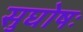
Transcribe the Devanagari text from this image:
सुघोषः